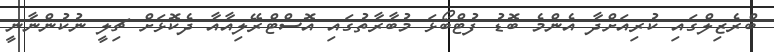
ބްރެޒިލްގައި ކުރިއަށްދާ އެންމެ ބޮޑު ފުޓްބޯޅަ މުބާރާތުގައި އޮސްޓްރޭލިއާއާ ދެކޮޅަށް ޗިލީ ނުކުންނާނީ